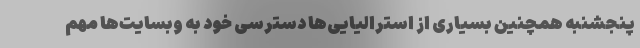
پنجشنبه همچنین بسیاری از استرالیایی‌ها دسترسی خود به وبسایت‌ها مهم